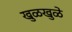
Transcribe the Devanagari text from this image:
खुळखुळे